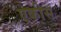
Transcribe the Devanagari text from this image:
एकीस